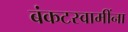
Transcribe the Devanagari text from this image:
बंकटस्वामींना